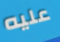
عليه